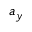
a _ { y }